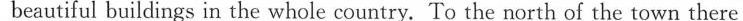
beautiful buildings in the whole country. To the north of the town there